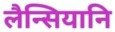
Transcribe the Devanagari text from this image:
लैन्सियानि